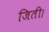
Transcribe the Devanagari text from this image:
जिती।